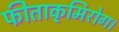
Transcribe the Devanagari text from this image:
फीताकृमिरोग।